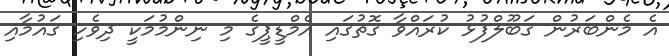
އެ މެންބަރުން ގަބޫލްފުޅު ކުރައްވާ ގޮތުގައި އެމްޑީޕީގެ މި ނިންމުމަކީ ދިވެހި ގައުމާއި